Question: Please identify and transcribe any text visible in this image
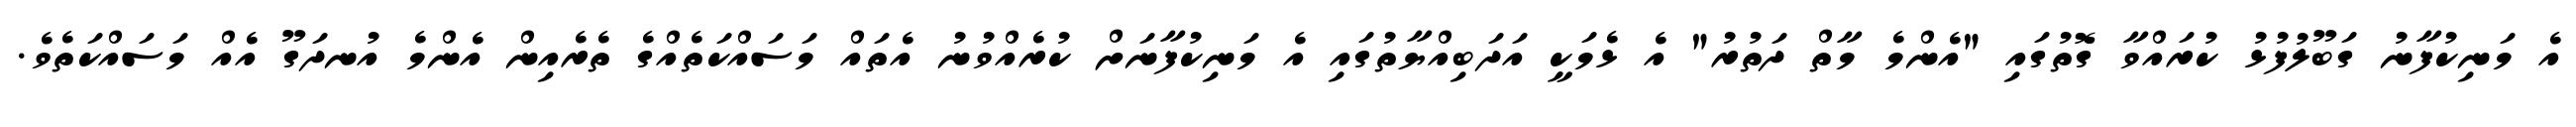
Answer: އެ މަނިކުފާނު ގަބޫލުފުޅު ކުރައްވާ ގޮތުގައި "އެންމެ މާތް ދަތުރު" އެ ޅެމަކީ އަދަބިއްޔާތުގައި އެ މަނިކުފާނަށް ކުރެއްވުނު އެތައް މަސައްކަތެއްގެ ތެރެއިން އެންމެ އުނދަގޫ އެއް މަސައްކަތެވެ.